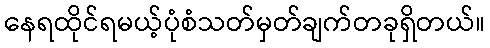
နေရထိုင်ရမယ့်ပုံစံသတ်မှတ်ချက်တခုရှိတယ်။